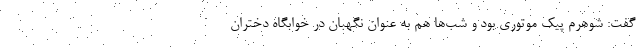
گفت: شوهرم پیک موتوری بود و شب‌ها هم به عنوان نگهبان در خوابگاه دختران